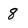
Character: 8